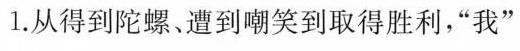
1.从得到陀螺、遭到嘲笑到取得胜利，”我”